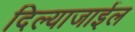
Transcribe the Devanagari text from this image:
दिल्याजाईल